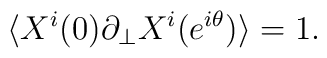
\langle X^i(0)\partial_\perp X^i(e^{i\theta})\rangle=1.